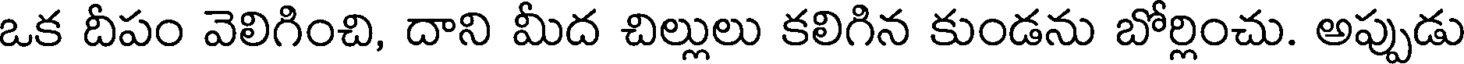
ఒక దీపం వెలిగించి, దాని మీద చిల్లులు కలిగిన కుండను బోర్లించు. అప్పుడు